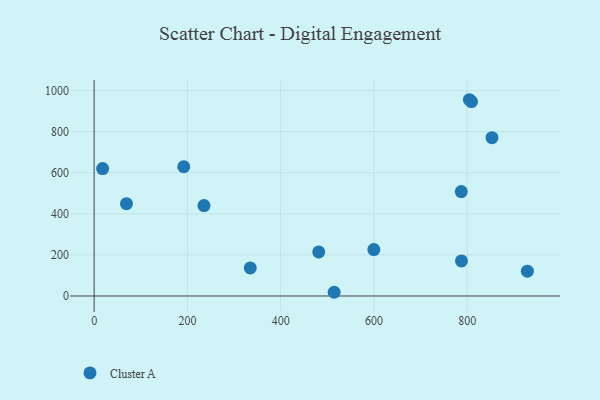
{"axis": {"x": "Investment", "y": "Yield"}, "legend": ["Cluster A"], "data": [{"x": "69.3", "y": 449.5, "type": "Cluster A"}, {"x": "599.9", "y": 226.2, "type": "Cluster A"}, {"x": "787.4", "y": 508.6, "type": "Cluster A"}, {"x": "18.2", "y": 620.6, "type": "Cluster A"}, {"x": "192.2", "y": 629.3, "type": "Cluster A"}, {"x": "804.8", "y": 955.6, "type": "Cluster A"}, {"x": "809.3", "y": 946.4, "type": "Cluster A"}, {"x": "853.3", "y": 770.9, "type": "Cluster A"}, {"x": "334.9", "y": 136.7, "type": "Cluster A"}, {"x": "481.7", "y": 214.8, "type": "Cluster A"}, {"x": "514.8", "y": 18.1, "type": "Cluster A"}, {"x": "235.6", "y": 440.2, "type": "Cluster A"}, {"x": "929.2", "y": 120.7, "type": "Cluster A"}, {"x": "787.9", "y": 170.9, "type": "Cluster A"}]}